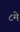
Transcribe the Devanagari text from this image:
८मे